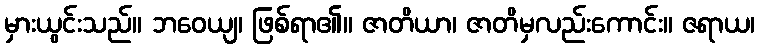
မှားယွင်းသည်။ ဘဝေယျ၊ ဖြစ်ရာ၏။ ဇာတိယာ၊ ဇာတိမှလည်းကောင်း။ ဇရာယ၊